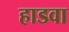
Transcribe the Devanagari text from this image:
हाडवा